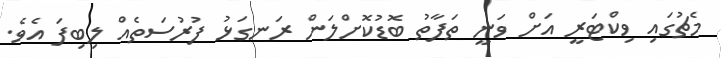
މެޗުގައި ވިކްޓަރީ އަށް ވަނީ ތަފާތު ބޮޑުކޮށްލަން ރަނގަޅު ފުރުސަތެއް ލިބިފަ އެވެ.